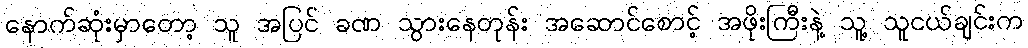
နောက်ဆုံးမှာတော့ သူ အပြင် ခဏ သွားနေတုန်း အဆောင်စောင့် အဖိုးကြီးနဲ့ သူ့ သူငယ်ချင်းက